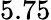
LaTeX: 5.75